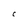
Character: C